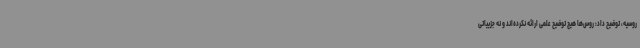
روسیه، توضیح داد: روس‌ها هیچ توضیح علمی ارائه نکرده‌اند و نه جزییاتی